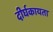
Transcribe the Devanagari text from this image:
दीर्घकायता